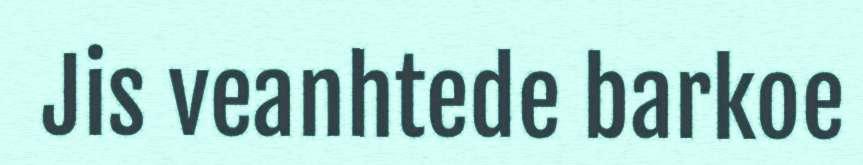
Jis veanhtede barkoe